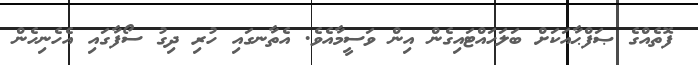
ފޮތެއްގެ ޞަފްޙާއަކަށް ބަލަހައްޓައިގެން އިން ވަސީމާއެވެ. އެތާނގައި ހުރި ދިގު ސޯފާގައި އެހެނިހެން